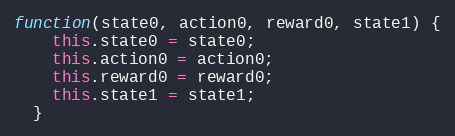
Language: JavaScript
function(state0, action0, reward0, state1) {
    this.state0 = state0;
    this.action0 = action0;
    this.reward0 = reward0;
    this.state1 = state1;
  }